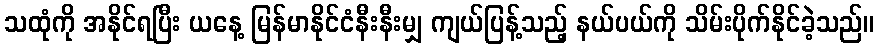
သထုံကို အနိုင်ရပြီး ယနေ့ မြန်မာနိုင်ငံနီးနီးမျှ ကျယ်ပြန့်သည့် နယ်ပယ်ကို သိမ်းပိုက်နိုင်ခဲ့သည်။